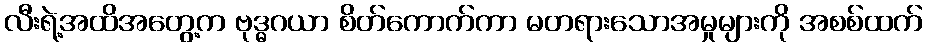
လီးရဲ့အထိအတွေ့က ဗုဒ္ဓဂယာ စိတ်ကောက်ကာ မတရားသောအမှုများကို အစစ်ထက်